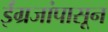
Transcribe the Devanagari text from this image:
ईंग्रजांपासून